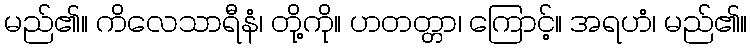
မည်၏။ ကိလေသာရီနံ၊ တို့ကို။ ဟတတ္တာ၊ ကြောင့်။ အရဟံ၊ မည်၏။